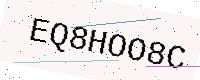
Text: EQ8HOO8C